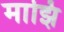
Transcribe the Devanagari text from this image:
माझि